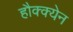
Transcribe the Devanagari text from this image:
हौक्क्येन